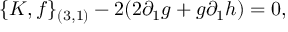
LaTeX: \{ K , f \} _ { ( 3 , 1 ) } - 2 ( 2 \partial _ { 1 } g + g \partial _ { 1 } h ) = 0 ,